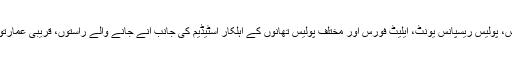
امین وینس کے مطابق پنجاب کانسٹیبلری، ڈولفن فورس، پولیس ریسپانس یونٹ، ایلیٹ فورس اور مختلف پولیس تھانوں کے اہلکار اسٹیڈیم کی جانب آنے جانے والے راستوں، قریبی عمارتوں اور سڑکوں پر بطور گارڈ تعینات کیے جائیں گے۔